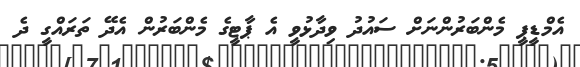
އެމްޑީޕީ މެންބަރުންނަށް ސައުދު ވިދާޅުވީ އެ ޕާޓީގެ މެންބަރުން އެދޭ ތަރައްގީ ދެ